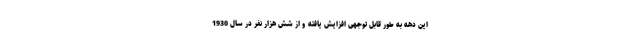
این دهه به طور قابل توجهی افزایش یافته و از شش هزار نفر در سال 1930